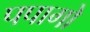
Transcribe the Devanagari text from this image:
पपागो